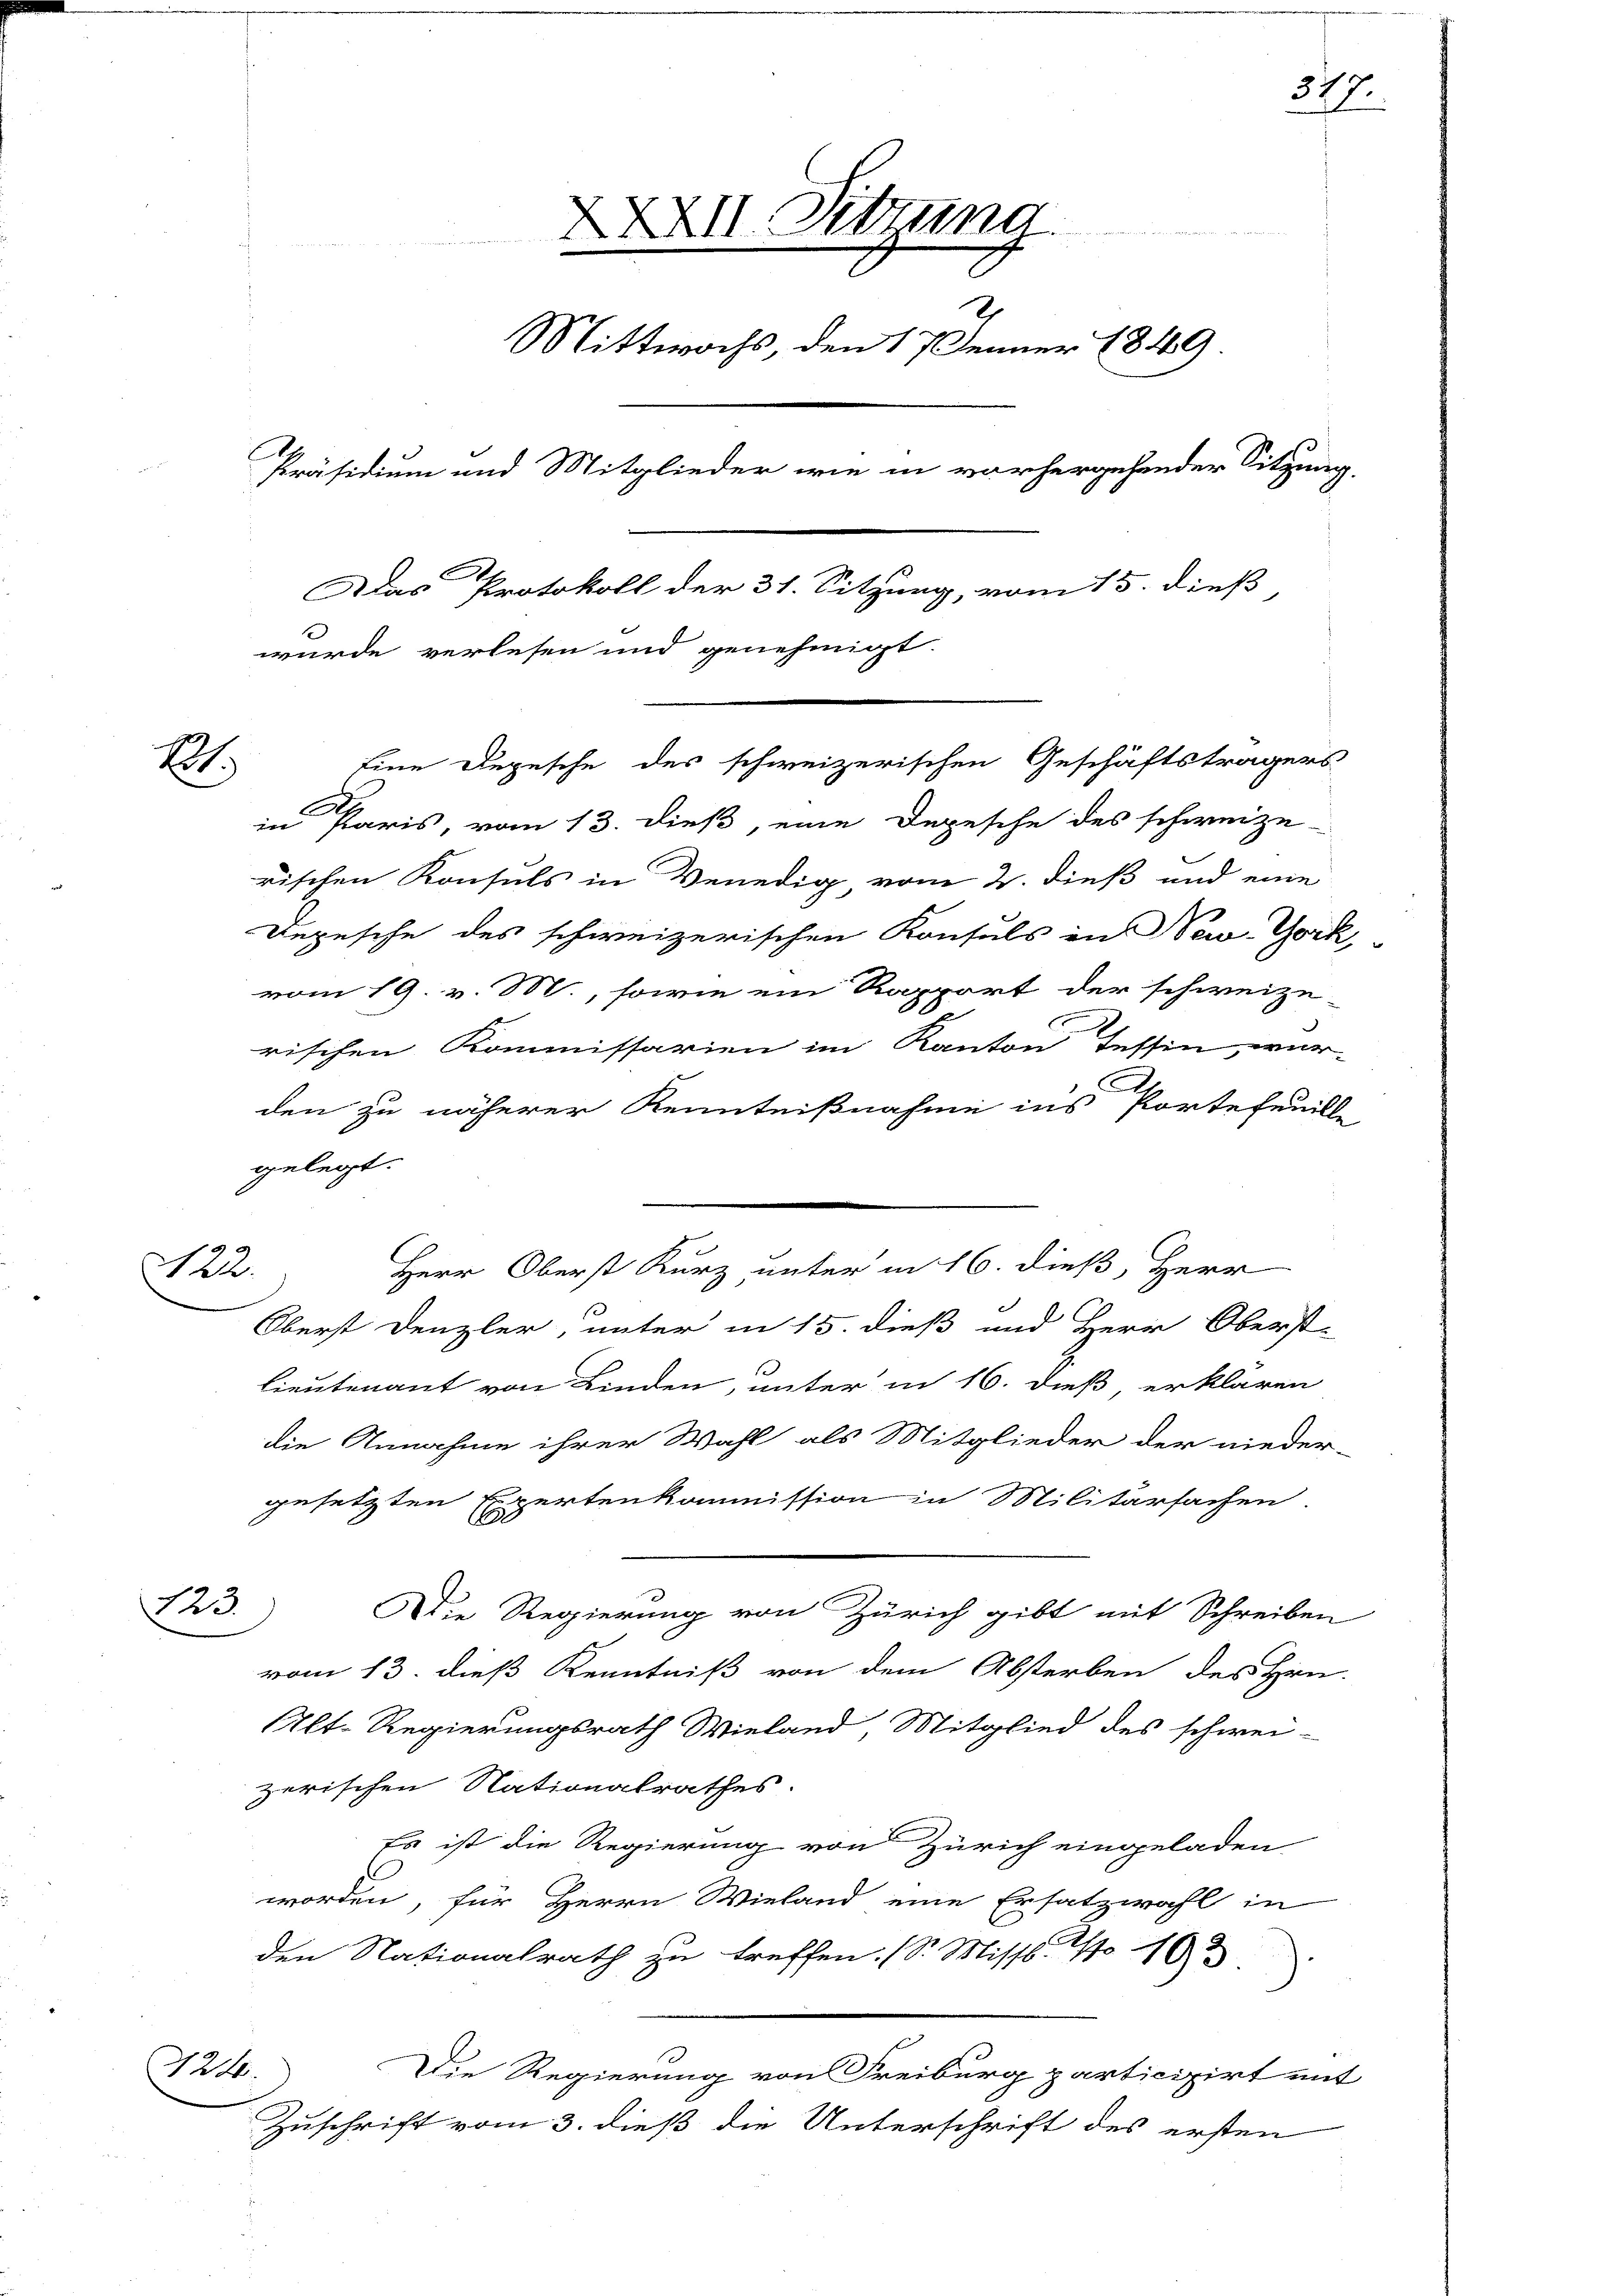
E

122.

XXXVII. Sitzung.
2
Mittwochs, den 17 Jenner 1849
Präsidium und Mitglieder wie in vorhergehender Sitzung,
A
Das Protokoll der 31. Sitzung, vom 15. dieß
wurde verlesen und genehmigt.
Eine Depesche des schweizerischen Geschäftsträgers
in Paris, vom 13. dieß, eine Depesche des schweize-

rischen Konsuls in Venedig vom 2. dieß und eine
Depesche des schweizerischen Konsuls in New York,
vom 19. v. M., sowie ein Rapport der schweize-
rischen Kommissarien im Kanton Tessin, war-
den zu näherer Kenntnißnahme ins Portefeuill
gelegt.
Oberst Denzler, unter in 15. dieß und Herr Oberst-
Lieutenant von Kinden, unter in 16. dieß, erklären
die Annahme ihrer Wahl als Mitglieder der nieder-
gesetzten Expertenkommission in Militärsachen.
123.
Die Regierung von Zürich gibt mit Schreiben
vom 13. dieß Kenntniß von dem Absterben des Hrn.
Alt-Regierungsrath Wieland, Mitglied des schwei-
zerischen Nationalrathes
Es ist die Regierung von Zürich eingeladen
worden, für Herrn Wieland eine Ersatzwahl in
den Nationalrath zu treffen. (S. Misst. No 103
St
Die Regierung von Freiburg participirt mit
Zuschrift vom 3. dieß die Unterschrift des ersten

Herr Oberst Kurz unter in 16. dieß, Herr

317.

2

de